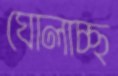
ঘোলাচ্ছ